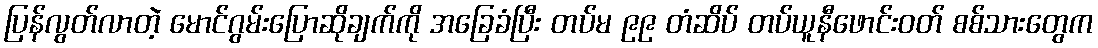
ပြန်လွတ်လာတဲ့ မောင်ဂွမ်းပြောဆိုချက်ကို အခြေခံပြီး တပ်မ ၉၉ တံဆိပ် တပ်ယူနီဖောင်းဝတ် စစ်သားတွေက